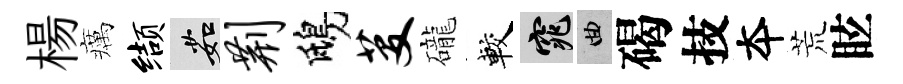
楊癘缬茹荆鴟芟礲較窕曲碣技夲荒眩